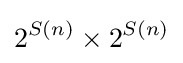
2^{S(n)}\times 2^{S(n)}